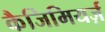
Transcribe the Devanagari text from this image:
कैजिमियर्ज़